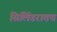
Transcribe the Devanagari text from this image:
सिलिंडरातच